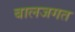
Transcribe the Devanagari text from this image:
बालजगत